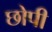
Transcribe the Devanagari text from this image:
छोपी